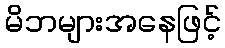
မိဘများအနေဖြင့်